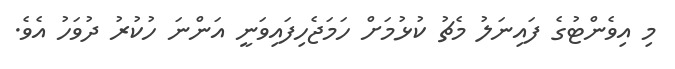
މި އިވެންޓުގެ ފައިނަލު މެޗު ކުޅުމަށް ހަމަޖެހިފައިވަނީ އަންނަ ހުކުރު ދުވަހު އެވެ.